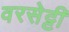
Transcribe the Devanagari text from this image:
वरसेट्टी